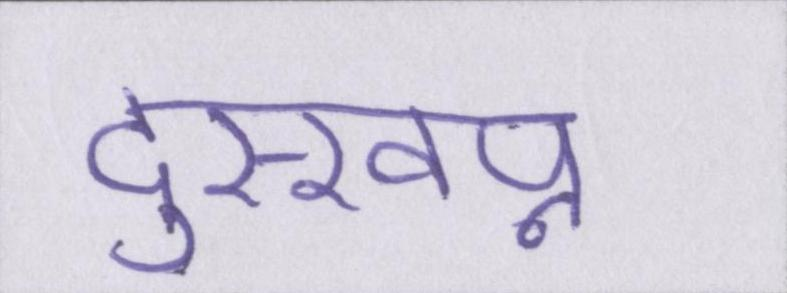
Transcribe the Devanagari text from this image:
दुस्स्वप्न